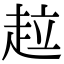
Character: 趇